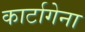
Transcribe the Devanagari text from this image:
कार्टागेना